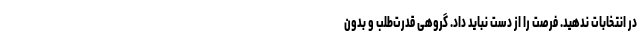
در انتخابات ندهید. فرصت را از دست نباید داد. گروهی قدرت‌طلب و بدون